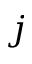
j